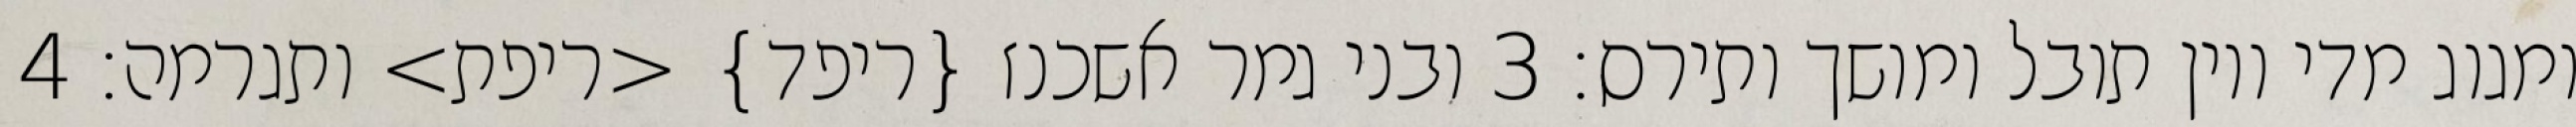
ומגוג מדי ויון תובל ומושך ותירס׃ ‎3‏ ובני גמר אשכנז {ריפד} <ריפת> ותגרמה׃ ‎4‏